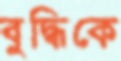
বুদ্ধিকে